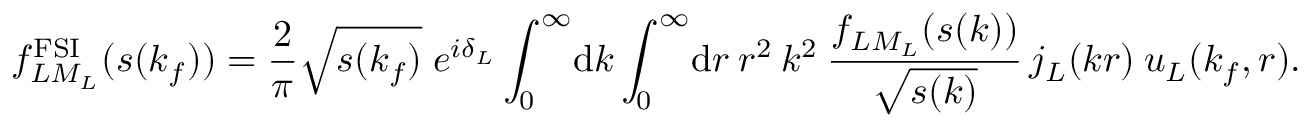
f _ { L M _ { L } } ^ { \mathrm { F S I } } ( s ( k _ { f } ) ) = \frac { 2 } { \pi } \sqrt { s ( k _ { f } ) } \; e ^ { i \delta _ { L } } \int _ { 0 } ^ { \infty } \! \mathrm { d } k \int _ { 0 } ^ { \infty } \! \mathrm { d } r \: r ^ { 2 } \: k ^ { 2 } \: \frac { f _ { L M _ { L } } ( s ( k ) ) } { \sqrt { s ( k ) } } \, j _ { L } ( k r ) \: u _ { L } ( k _ { f } , r ) .